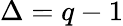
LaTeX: \Delta=q-1